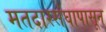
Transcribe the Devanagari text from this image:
मतदारसंघापासून